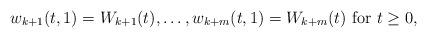
LaTeX: \begin{align*}w_{k+1}(t, 1) = W_{k+1}(t), \dots, w_{k + m}(t, 1) = W_{k+m}(t) \mbox{ for } t \ge 0,\end{align*}